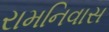
રામનિવાસ